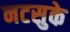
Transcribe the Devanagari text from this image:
नटसुके